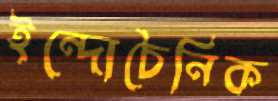
ইন্দোচৈনিক